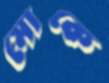
মোকে